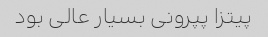
پیتزا پپرونی بسیار عالی بود